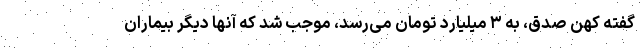
گفته کهن صدق، به ۳ میلیارد تومان می‌رسد، موجب شد که آنها دیگر بیماران